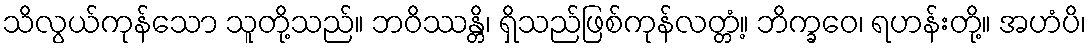
သိလွယ်ကုန်သော သူတို့သည်။ ဘဝိဿန္တိ၊ ရှိသည်ဖြစ်ကုန်လတ္တံ့။ ဘိက္ခဝေ၊ ရဟန်းတို့။ အဟံပိ၊